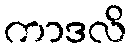
ကာဒလိ